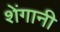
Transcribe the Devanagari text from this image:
शेंगानी